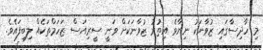
މި ހާދިސާގައި ޒުވާނަކު ނިޔާވެ އިތުރު ޒުވާނަކަށް ވަނީ ސީރިއަސް ޒަހަމްތަކެއް ލިބިފައެވެ.